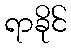
ရာခိုင်